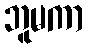
ဘူမကာ